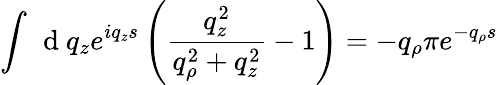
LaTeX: \int\, \mathrm{~d~}q_{z}e^{iq_{z}s}\left(\frac{q_{z}^{2}}{q_{\rho}^{2}+q_{z}^{2}}-1\right)=-q_{\rho}\pi e^{-q_{\rho}s}